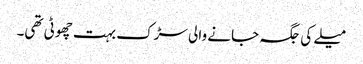
میلے کی جگہ جانے والی سڑک بہت چھوٹی تھی۔